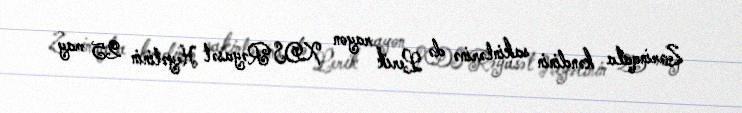
Zərinqala kəndinin sakinlərinə də Lerik rayon XDS Rəyasət Heyətinin 25 may